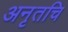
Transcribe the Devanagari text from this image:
अनृतचि